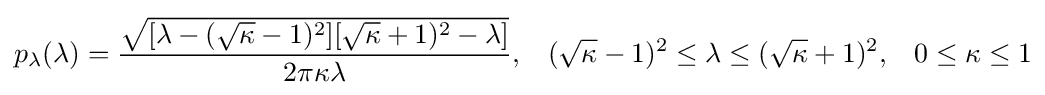
p_{\lambda }(\lambda )={\frac {\sqrt {[\lambda -({\sqrt {\kappa }}-1)^{2}][{\sqrt {\kappa }}+1)^{2}-\lambda ]}}{2\pi \kappa \lambda }},\;\;\;({\sqrt {\kappa }}-1)^{2}\leq \lambda \leq ({\sqrt {\kappa }}+1)^{2},\;\;\;0\leq \kappa \leq 1